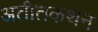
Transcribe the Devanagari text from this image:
अतीतकथन